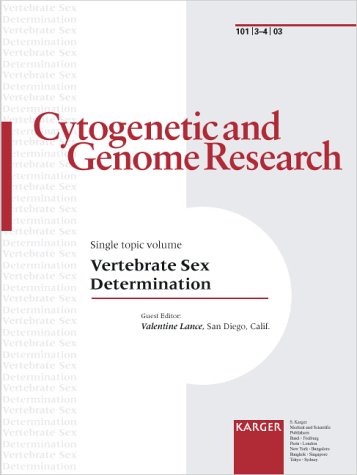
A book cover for Vertebrate Sex Determination (Cytogenetic & Genome Research); Medical Books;